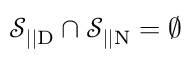
\mathcal { S } _ { | | \mathrm { D } } \cap \mathcal { S } _ { | | \mathrm { N } } = \emptyset